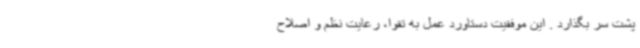
پشت سر بگذارد . این موفقیت دستاورد عمل به تقوا، رعایت نظم و اصلاح